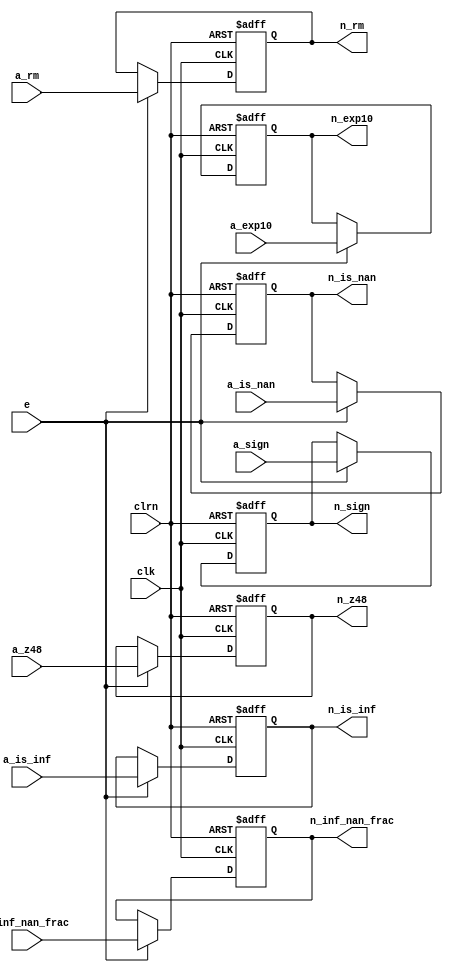
`timescale 1ns / 1ps
//////////////////////////////////////////////////////////////////////////////////
// Company: 
// Engineer: 
// 
// Design Name: 
// Module Name:    reg_add_norm 
// Project Name: 
// Target Devices: 
// Tool versions: 
// Description: 
//
// Dependencies: 
//
// Revision: 
// Revision 0.01 - File Created
// Additional Comments: 
//
//////////////////////////////////////////////////////////////////////////////////
module reg_add_norm (a_rm,a_sign,a_exp10,a_is_nan,a_is_inf,a_inf_nan_frac,
							a_z48,clk,clrn,e,n_rm,n_sign,n_exp10,n_is_nan,
							n_is_inf,n_inf_nan_frac,n_z48); // pipeline register
	input [47:0] a_z48; // addition stage
	input [22:0] a_inf_nan_frac;
	input [9:0] a_exp10;
	input [1:0] a_rm;
	input a_sign;
	input a_is_nan;
	input a_is_inf;
	input e; // e: enable
	input clk, clrn; // clock and reset
	output reg [47:0] n_z48; // normalization stage
	output reg [22:0] n_inf_nan_frac;
	output reg [9:0] n_exp10;
	output reg [1:0] n_rm;
	output reg n_sign;
	output reg n_is_nan;
	output reg n_is_inf;
		always @ (posedge clk or negedge clrn) 
			begin
				if (!clrn) 
					begin
						n_rm <= 0;
						n_sign <= 0;
						n_exp10 <= 0;
						n_is_nan <= 0;
						n_is_inf <= 0;
						n_inf_nan_frac <= 0;
						n_z48 <= 0;
					end
			  else if (e)
				  begin
						n_rm <= a_rm;
						n_sign <= a_sign;
						n_exp10 <= a_exp10;
						n_is_nan <= a_is_nan;
						n_is_inf <= a_is_inf;
						n_inf_nan_frac <= a_inf_nan_frac;
						n_z48 <= a_z48;
	          end
		  end

endmodule